Elephants and their diseases
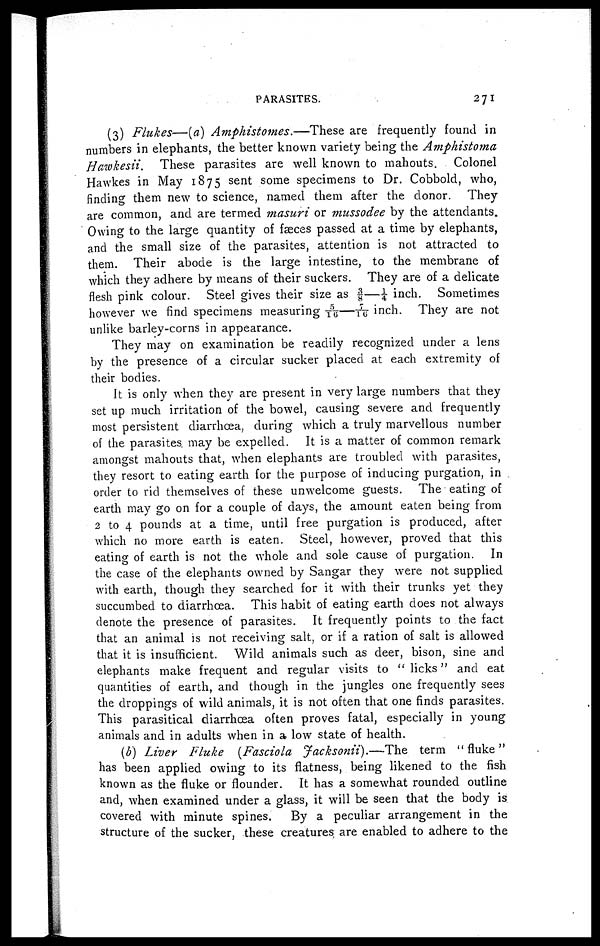
PARASITES.
271
(3) Flukes—(a) Amphistomes.—These
are frequently found in
numbers in elephants, the better known variety being the Amphistoma
Hawkesii.
These parasites are well known to mahouts. Colonel
Hawkes in May 1875 sent some specimens to Dr. Cobbold, who,
finding them new to science, named them after the donor. They
are common, and are termed masuri or mussodee by the attendants.
Owing to the large quantity of faeces passed at a time by elephants,
and the small size of the parasites, attention is not attracted to
them. Their abode is the large intestine, to the membrane of
which they adhere by means of their suckers. They are of a delicate
flesh pink colour. Steel gives their size as ⅜—¼ inch. Sometimes
however we find specimens measuring 5/16 — 7/16 inch. They are not
unlike barley-corns in appearance.
They may on examination be readily recognized under a lens
by the presence of a circular sucker placed at each extremity of
their bodies.
It is only when they are present in very large numbers that they
set up much irritation of the bowel, causing severe and frequently
most persistent diarrhoea, during which a truly marvellous number
of the parasites may be expelled. It is a matter of common remark
amongst mahouts that, when elephants are troubled with parasites,
they resort to eating earth for the purpose of inducing purgation, in
order to rid themselves of these unwelcome guests. The eating of
earth may go on for a couple of days, the amount eaten being from
2 to 4 pounds at a time, until free purgation is produced, after
which no more earth is eaten. Steel, however, proved that this
eating of earth is not the whole and sole cause of purgation. In
the case of the elephants owned by Sangar they were not supplied
with earth, though they searched for it with their trunks yet they
succumbed to diarrhoea. This habit of eating earth does not always
denote the presence of parasites. It frequently points to the fact
that an animal is not receiving salt, or if a ration of salt is allowed
that it is insufficient. Wild animals such as deer, bison, sine and
elephants make frequent and regular visits to " licks" and eat
quantities of earth, and though in the jungles one frequently sees
the droppings of wild animals, it is not often that one finds parasites.
This parasitical diarrhoea often proves fatal, especially in young
animals and in adults when in a low state of health.
(b) Liver Fluke
(Fasciola facksonii).—The term "fluke"
has been applied owing to its flatness, being likened to the fish
known as the fluke or flounder. It has a somewhat rounded outline
and, when examined under a glass, it will be seen that the body is
covered with minute spines.
By a peculiar arrangement in the
structure of the sucker, these creatures are enabled to adhere to the